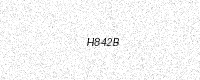
Text: H842B